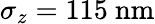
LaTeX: \sigma_{z}=115\ \mathrm{nm}